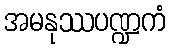
အမနုဿပဏ္ဍကံ